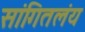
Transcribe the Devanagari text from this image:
सांगितलंय